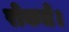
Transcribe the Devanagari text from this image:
रोकते।